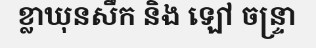
ខ្លាឃុនសឹក និង ឡៅ ចន្ទ្រា